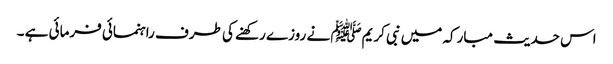
اس حدیث مبارکہ میں نبی کریمﷺ نے روزے رکھنے کی طرف راہنمائی فرمائی ہے ۔